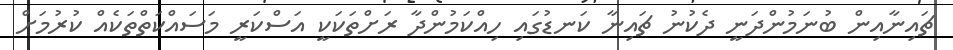
ޗައިނާއިން ބުނަމުންދަނީ ދެކުނު ޗައިނާ ކަނޑުގައި ހިއްކަމުންދާ ރަށްތަކަކީ އަސްކަރީ މަސައްކަތްތަކެއް ކުރުމަށް